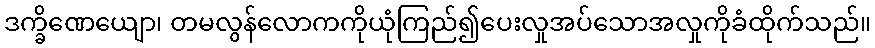
ဒက္ခိဏေယျော၊ တမလွန်လောကကိုယုံကြည်၍ပေးလှုအပ်သောအလှုကိုခံထိုက်သည်။